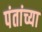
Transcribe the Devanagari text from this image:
पंतांच्या